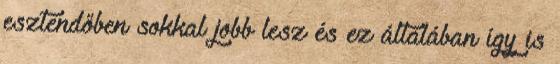
esztendőben sokkal jobb lesz és ez általában így is